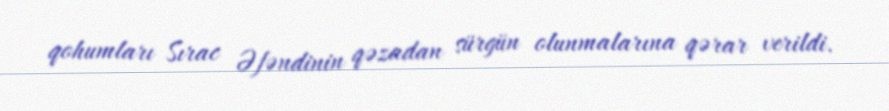
qohumları Sırac Əfəndinin qəzadan sürgün olunmalarına qərar verildi.